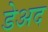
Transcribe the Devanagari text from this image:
डेअद